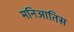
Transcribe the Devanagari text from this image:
मनिआतिस